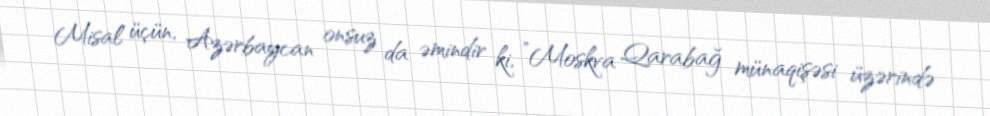
Misal üçün, Azərbaycan onsuz da əmindir ki, ”Moskva Qarabağ münaqişəsi üzərində